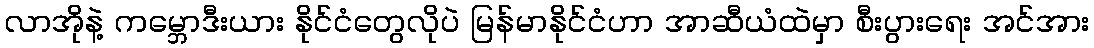
လာအိုနဲ့ ကမ္ဘောဒီးယား နိုင်ငံတွေလိုပဲ မြန်မာနိုင်ငံဟာ အာဆီယံထဲမှာ စီးပွားရေး အင်အား